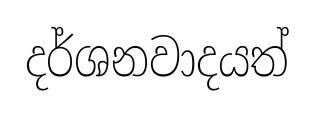
දර්ශනවාදයත්